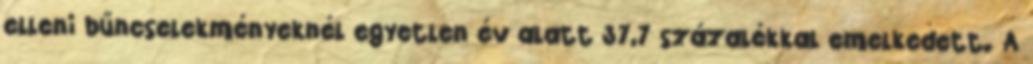
elleni bűncselekményeknél egyetlen év alatt 37,7 százalékkal emelkedett. A